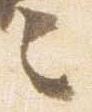
之